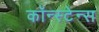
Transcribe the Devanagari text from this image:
कॉन्स्टेन्स